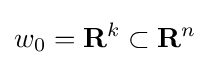
w_{0}=\mathbf {R} ^{k}\subset \mathbf {R} ^{n}